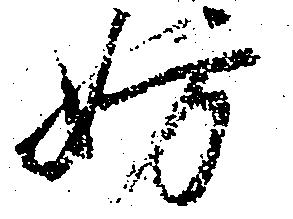
妨